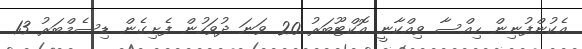
އެކުންފުނިން ހިއްސާ ވިއްކާނީ އޮކްޓޫބަރު 20 ވަނަ ދުވަހުން ފެށިގެން ޑިސެމްބަރު 13